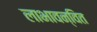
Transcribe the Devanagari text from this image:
लाभावन्वित